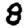
Digit: 8